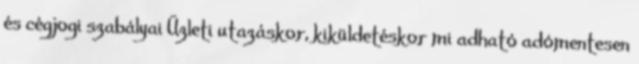
és cégjogi szabályai Üzleti utazáskor, kiküldetéskor mi adható adómentesen